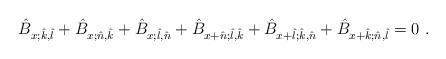
LaTeX: \begin{align*}\hat B_{x;\hat k,\hat l} + \hat B_{x;\hat n,\hat k} + \hat B_{x;\hat l,\hat n} + \hat B_{x+\hat n;\hat l,\hat k} + \hat B_{x+\hat l;\hat k,\hat n} + \hat B_{x+\hat k;\hat n,\hat l} = 0 \ . \end{align*}